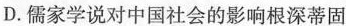
D.儒家学说对中国社会的影响根深蒂固